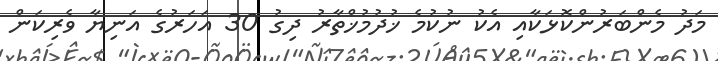
މަދު މެންބަރުންކޮޅަކާއި އެކު ނުކުމެ ޚުދުމުޚްތާރު ދިގު 30 އަހަރުގެ އަނިޔާ ވެރިކަން